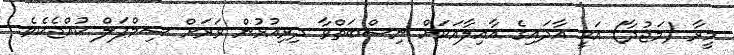
މީރާ (މަޖުދާ) އަކީ އާދައިގެ އާއިލާއަކަށް ނިސްބަތްވާ ދިރިއުޅުން ވަރަށް ސިމްޕަލް ކުއްޖެކެވެ.